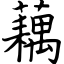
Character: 藕